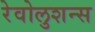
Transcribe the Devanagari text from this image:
रेवोलुशन्स